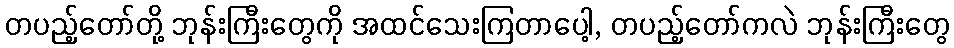
တပည့်တော်တို့ ဘုန်းကြီးတွေကို အထင်သေးကြတာပေါ့, တပည့်တော်ကလဲ ဘုန်းကြီးတွေ